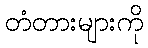
တံတားများကို